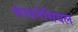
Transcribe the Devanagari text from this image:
फायनेसियल